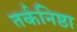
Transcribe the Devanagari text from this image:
तर्कनिष्ठा